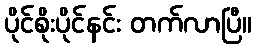
ပိုင်စိုးပိုင်နင်း တက်လာပြီ။